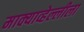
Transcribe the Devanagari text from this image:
माक्याव्हेल्लीला